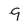
Character: 9